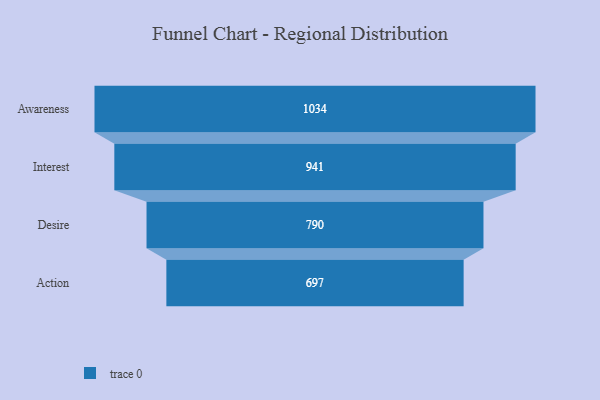
{"axis": {"x": "Stage", "y": "Value"}, "legend": [""], "data": [{"x": "Awareness", "y": 1034.0, "type": ""}, {"x": "Interest", "y": 941.0, "type": ""}, {"x": "Desire", "y": 790.0, "type": ""}, {"x": "Action", "y": 697.0, "type": ""}]}